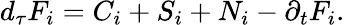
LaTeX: {d}_{\tau}F_{i}=C_{i}+S_{i}+N_{i}-\partial_{t}F_{i}.